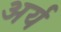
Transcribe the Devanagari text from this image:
अर्य